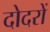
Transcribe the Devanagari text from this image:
दोदरों